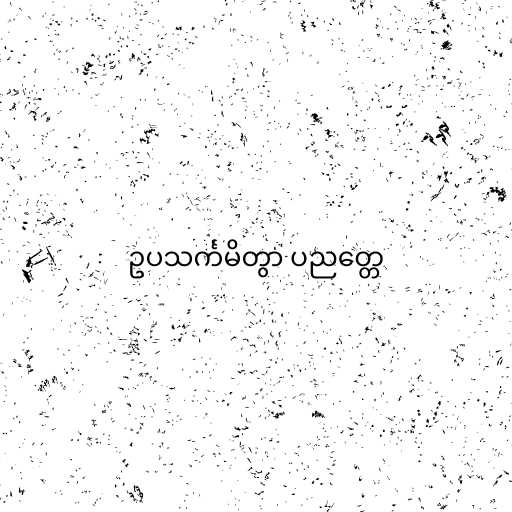
ဥပသင်္ကမိတွာ ပညတ္တေ